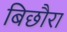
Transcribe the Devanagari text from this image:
बिछौरा